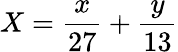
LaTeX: X=\frac{x}{27}+\frac{y}{13}